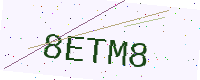
Text: 8ETM8